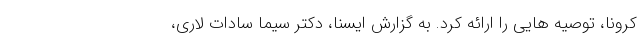
کرونا، توصیه هایی را ارائه کرد. به گزارش ایسنا، دکتر سیما سادات لاری،